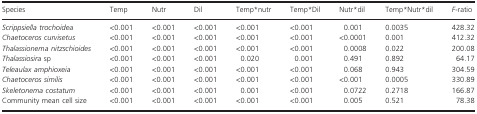
<table><thead><tr><td><b>Species</b></td><td><b>Temp</b></td><td><b>Nutr</b></td><td><b>Dil</b></td><td><b>Temp<sup>*</sup>nutr</b></td><td><b>Temp<sup>*</sup>Dil</b></td><td><b>Nutr<sup>*</sup>dil</b></td><td><b>Temp<sup>*</sup>Nutr<sup>*</sup>dil</b></td><td><b><i>F</i>-ratio</b></td></tr></thead><tbody><tr><td><i>Scrippsiella trochoidea</i></td><td>&lt;0.001</td><td>&lt;0.001</td><td>&lt;0.001</td><td>&lt;0.001</td><td>&lt;0.001</td><td>0.001</td><td>0.0035</td><td>428.32</td></tr><tr><td><i>Chaetoceros curvisetus</i></td><td>&lt;0.001</td><td>&lt;0.001</td><td>&lt;0.001</td><td>&lt;0.001</td><td>&lt;0.001</td><td>&lt;0.0001</td><td>0.001</td><td>412.32</td></tr><tr><td><i>Thalassionema nitzschioides</i></td><td>&lt;0.001</td><td>&lt;0.001</td><td>&lt;0.001</td><td>&lt;0.001</td><td>&lt;0.001</td><td>0.0008</td><td>0.022</td><td>200.08</td></tr><tr><td><i>Thalassiosira</i> sp</td><td>&lt;0.001</td><td>&lt;0.001</td><td>&lt;0.001</td><td>0.020</td><td>0.001</td><td>0.491</td><td>0.892</td><td>64.17</td></tr><tr><td><i>Teleaulax amphioxeia</i></td><td>&lt;0.001</td><td>&lt;0.001</td><td>&lt;0.001</td><td>&lt;0.001</td><td>&lt;0.001</td><td>0.068</td><td>0.943</td><td>304.59</td></tr><tr><td><i>Chaetoceros similis</i></td><td>&lt;0.001</td><td>&lt;0.001</td><td>&lt;0.001</td><td>&lt;0.001</td><td>&lt;0.001</td><td>&lt;0.001</td><td>0.0005</td><td>330.89</td></tr><tr><td><i>Skeletonema costatum</i></td><td>&lt;0.001</td><td>&lt;0.001</td><td>&lt;0.001</td><td>0.001</td><td>&lt;0.001</td><td>0.0722</td><td>0.2718</td><td>166.87</td></tr><tr><td>Community mean cell size</td><td>&lt;0.001</td><td>&lt;0.001</td><td>&lt;0.001</td><td>&lt;0.001</td><td>&lt;0.001</td><td>0.005</td><td>0.521</td><td>78.38</td></tr></tbody></table>